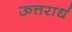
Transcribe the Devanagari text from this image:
ऊत्तरार्ध